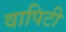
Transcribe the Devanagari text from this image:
वापिटी